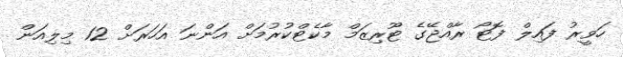
ހަވީރު ފައިލް ފޮޓޯ ރާއްޖޭގެ ޓޫރިޒަމް މާކެޓްކުރުމަށް އަންނަ އަހަރަށް 12 މިލިއަން